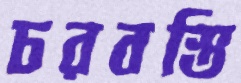
চরবস্তি